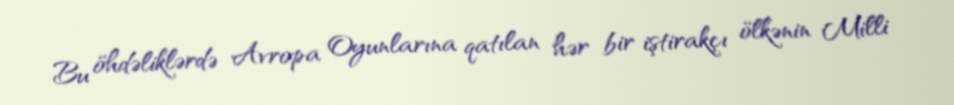
Bu öhdəliklərdə Avropa Oyunlarına qatılan hər bir iştirakçı ölkənin Milli